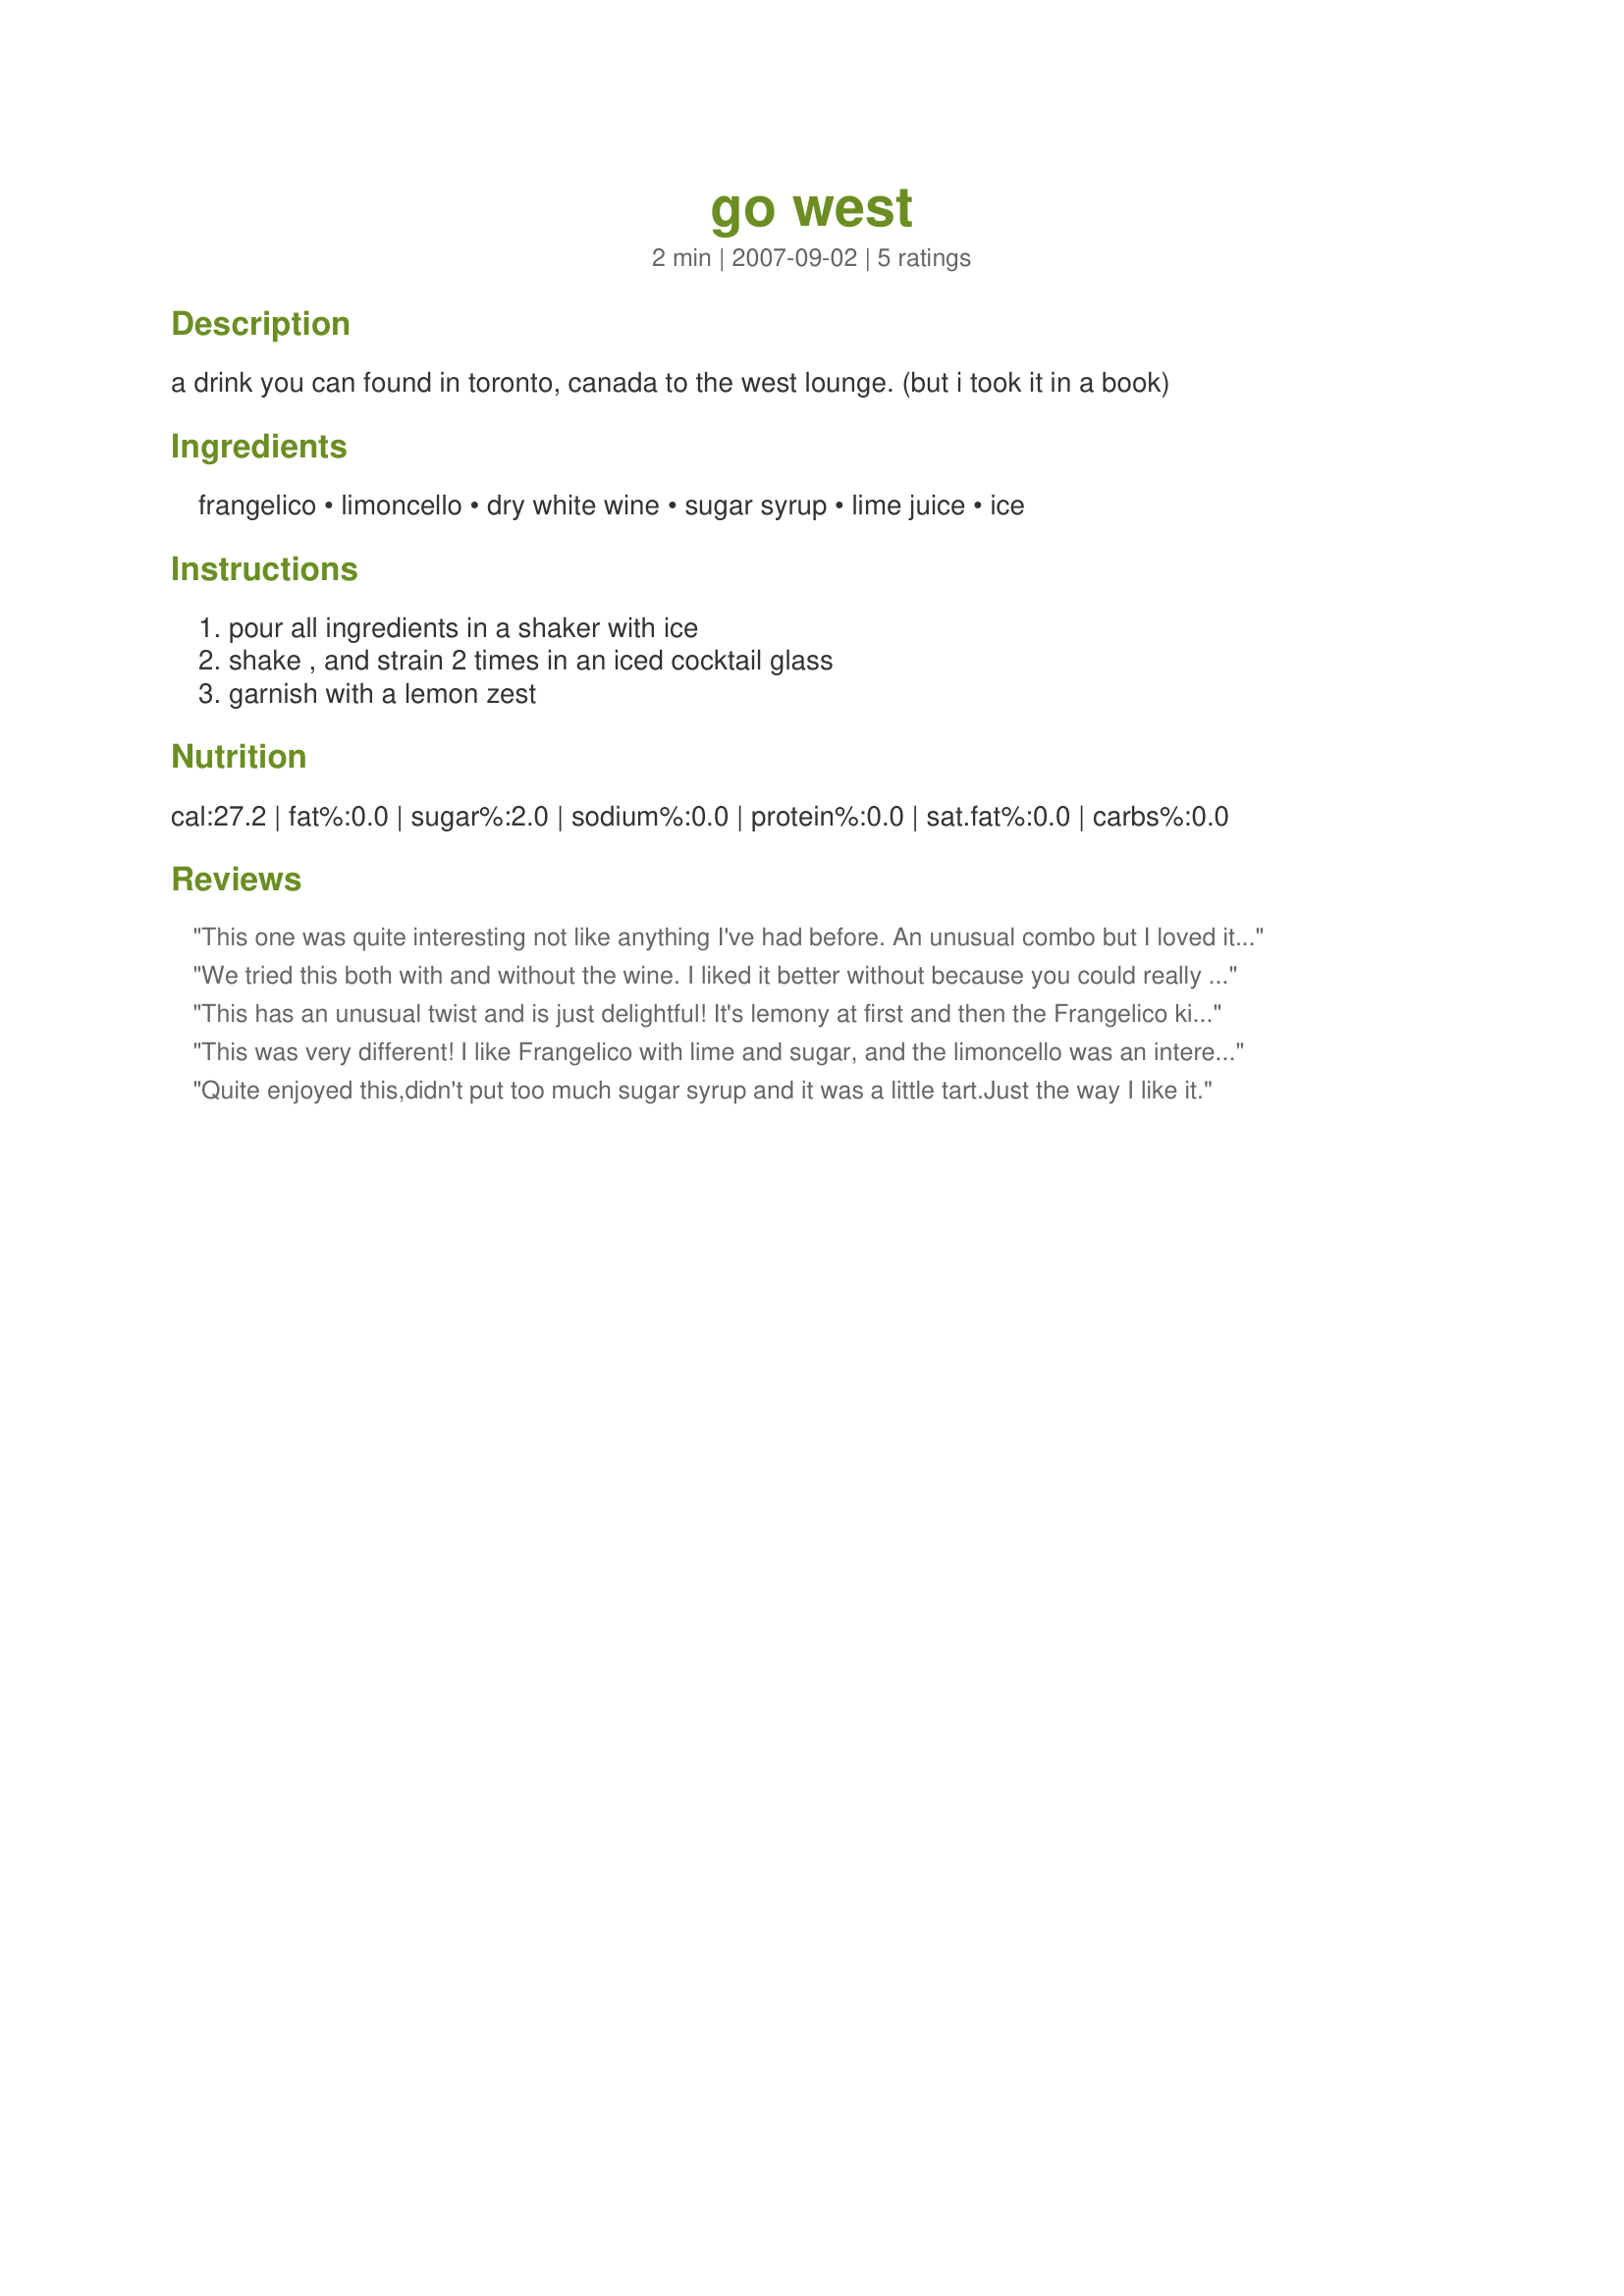
go west
Preparation time: 2 minutes

a drink you can found in toronto, canada to the west lounge. (but i took it in a book)

Ingredients:
frangelico, limoncello, dry white wine, sugar syrup, lime juice, ice

Steps:
pour all ingredients in a shaker with ice, shake , and strain 2 times in an iced cocktail glass, garnish with a lemon zest

Reviews:
This one was quite interesting not like anything I've had before. An unusual combo but I loved it nevertheless. Thanks Boomie!
We tried this both with and without the wine. I liked it better without because you could really taste the Limoncello. DH liked it better with the wine, saying it didn't seem as strong with it. The Frangelico is sort of in the background, which is good. A nice drink!
This has an unusual twist and is just delightful! It's lemony at first and then the Frangelico kicks in. Made for ZWT 4 by a Jefe de la cocina
This was very different! I like Frangelico with lime and sugar, and the limoncello was an interesting addition, but the white wine was a little strange thrown into the mix. I think it might be better without it, then maybe topped with Champagne. Thanks Boomie!
Quite enjoyed this,didn't put too much sugar syrup and it was a little tart.Just the way I like it.
